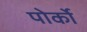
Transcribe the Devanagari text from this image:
पोर्को